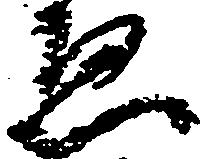
ゑ